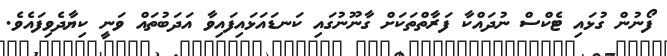
ފޯނުން ގުޅައި ޓެކްސް ނުދައްކާ ފަރާތްތަކަށް ގާނޫނުގައި ކަނޑައަޅައިފައިވާ އަދަބުތައް ވަނީ ކިޔާދެވިފައެވެ.